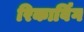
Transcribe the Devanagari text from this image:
रिकार्विंग